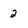
Character: 2